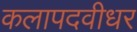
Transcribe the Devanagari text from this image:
कलापदवीधर